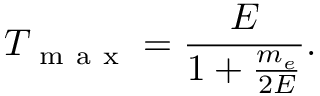
T _ { \mathrm { ~ m ~ a ~ x ~ } } = \frac { E } { 1 + \frac { m _ { e } } { 2 E } } .